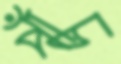
পাঁচ